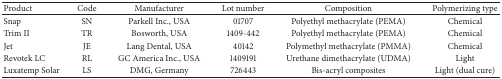
| Product | Code | Manufacturer | Lot number | Composition | Polymerizing type |
 | --- | --- | --- | --- | --- | --- |
 | Snap | SN | Parkell Inc., USA | 01707 | Polyethyl methacrylate (PEMA) | Chemical |
 | Trim II | TR | Bosworth, USA | 1409-442 | Polyethyl methacrylate (PEMA) | Chemical |
 | Jet | JE | Lang Dental, USA | 40142 | Polymethyl methacrylate (PMMA) | Chemical |
 | Revotek LC | RL | GC America Inc., USA | 1409191 | Urethane dimethacrylate (UDMA) | Light |
 | Luxatemp Solar | LS | DMG, Germany | 726443 | Bis-acryl composites | Light (dual cure) |